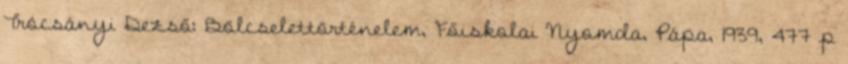
Trócsányi Dezső: Bölcselettörténelem, Főiskolai Nyomda, Pápa, 1939, 477 p